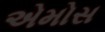
એમોસ